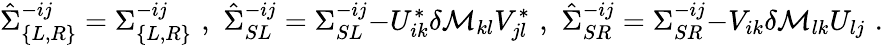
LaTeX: \hat{\Sigma}_{\{ L,R\} }^{-ij}=\Sigma_{\{ L,R\} }^{-ij}\, \, ,\, \, \hat{\Sigma}_{SL}^{-ij}=\Sigma_{SL}^{-ij}{-U_{ik}^{*}\delta{\cal M}_{kl}V_{jl}^{*}}\, \, ,\, \, \hat{\Sigma}_{SR}^{-ij}=\Sigma_{SR}^{-ij}{-V_{ik}\delta{\cal M}_{lk}U_{lj}}\, \, .